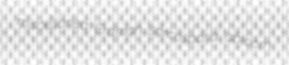
miscellanea Erdman sarcosporid abloom